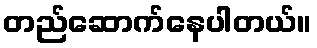
တည်ဆောက်နေပါတယ်။